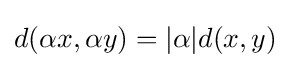
d(\alpha x,\alpha y)=|\alpha |d(x,y)